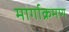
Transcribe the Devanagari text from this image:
मार्गाक्रमण